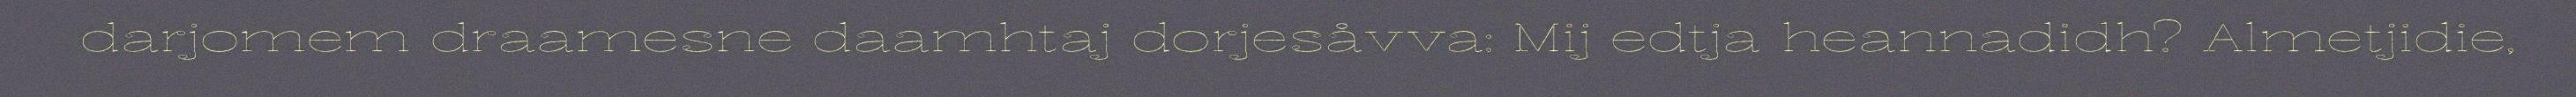
darjomem draamesne daamhtaj dorjesåvva: Mij edtja heannadidh? Almetjidie,